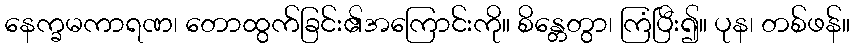
နေက္ခမကာရဏ၊ တောထွက်ခြင်း၏အကြောင်းကို။ စိန္တေတွာ၊ ကြံပြီး၍။ ပုန၊ တစ်ဖန်။